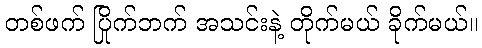
တစ်ဖက် ပြိုက်ဘက် အသင်းနဲ့ တိုက်မယ် ခိုက်မယ်။